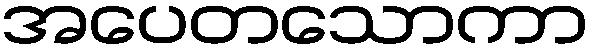
အပေတသောကာ